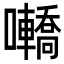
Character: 𡅫